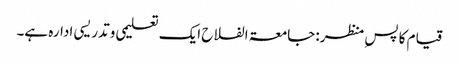
قیام کا پسِ منظر: جامعۃ الفلاح ایک تعلیمی وتدریسی ادارہ ہے۔